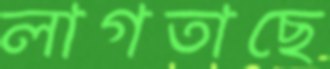
লাগতাছে